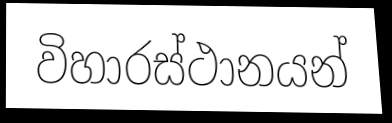
විහාරස්ථානයන්